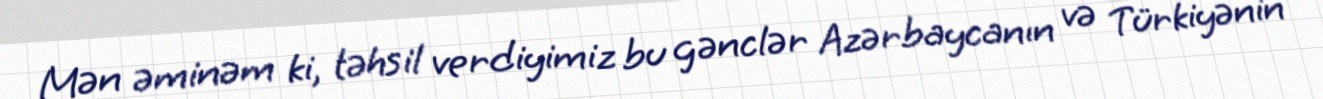
Mən əminəm ki, təhsil verdiyimiz bu gənclər Azərbaycanın və Türkiyənin